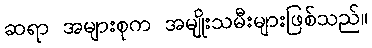
ဆရာ အများစုက အမျိုးသမီးများဖြစ်သည်။